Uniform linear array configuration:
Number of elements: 24
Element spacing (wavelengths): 0.5
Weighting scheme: kaiser
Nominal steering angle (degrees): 60
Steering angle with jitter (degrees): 60.132
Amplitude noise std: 0.05
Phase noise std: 0.05

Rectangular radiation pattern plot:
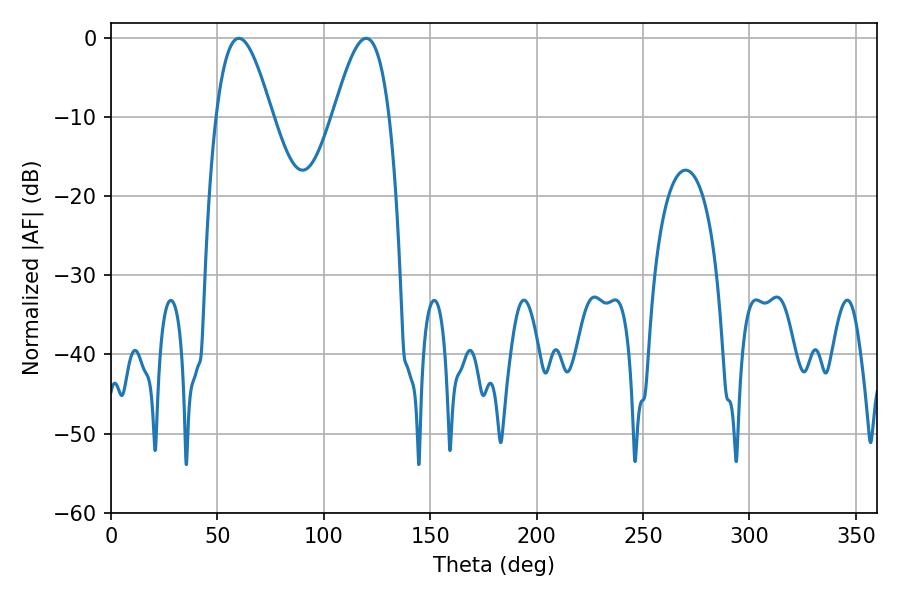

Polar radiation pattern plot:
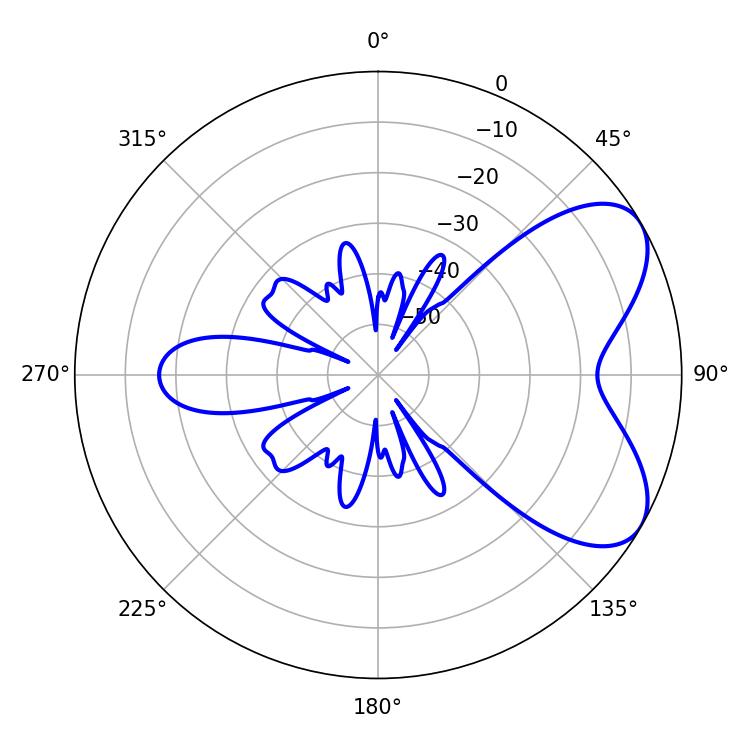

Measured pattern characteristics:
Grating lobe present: FALSE
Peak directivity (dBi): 6.225
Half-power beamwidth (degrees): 14.22
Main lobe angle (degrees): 60.12